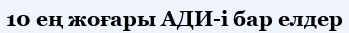
10 ең жоғары АДИ-і бар елдер